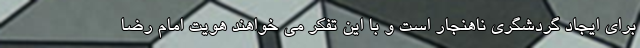
برای ایجاد گردشگری ناهنجار است و با این تفکر می خواهند هویت امام رضا